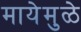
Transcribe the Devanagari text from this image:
मायेमुळे